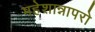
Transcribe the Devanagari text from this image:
महेशान्नापरो